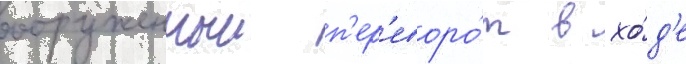
вооруженныи п'ер'еворо́т в хо́д'е